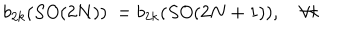
b _ { 2 k } ( S O ( 2 N ) ) \ = b _ { 2 k } ( S O ( 2 N + 1 ) ) , \quad \forall k